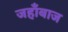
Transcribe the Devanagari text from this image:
जहाँबाज